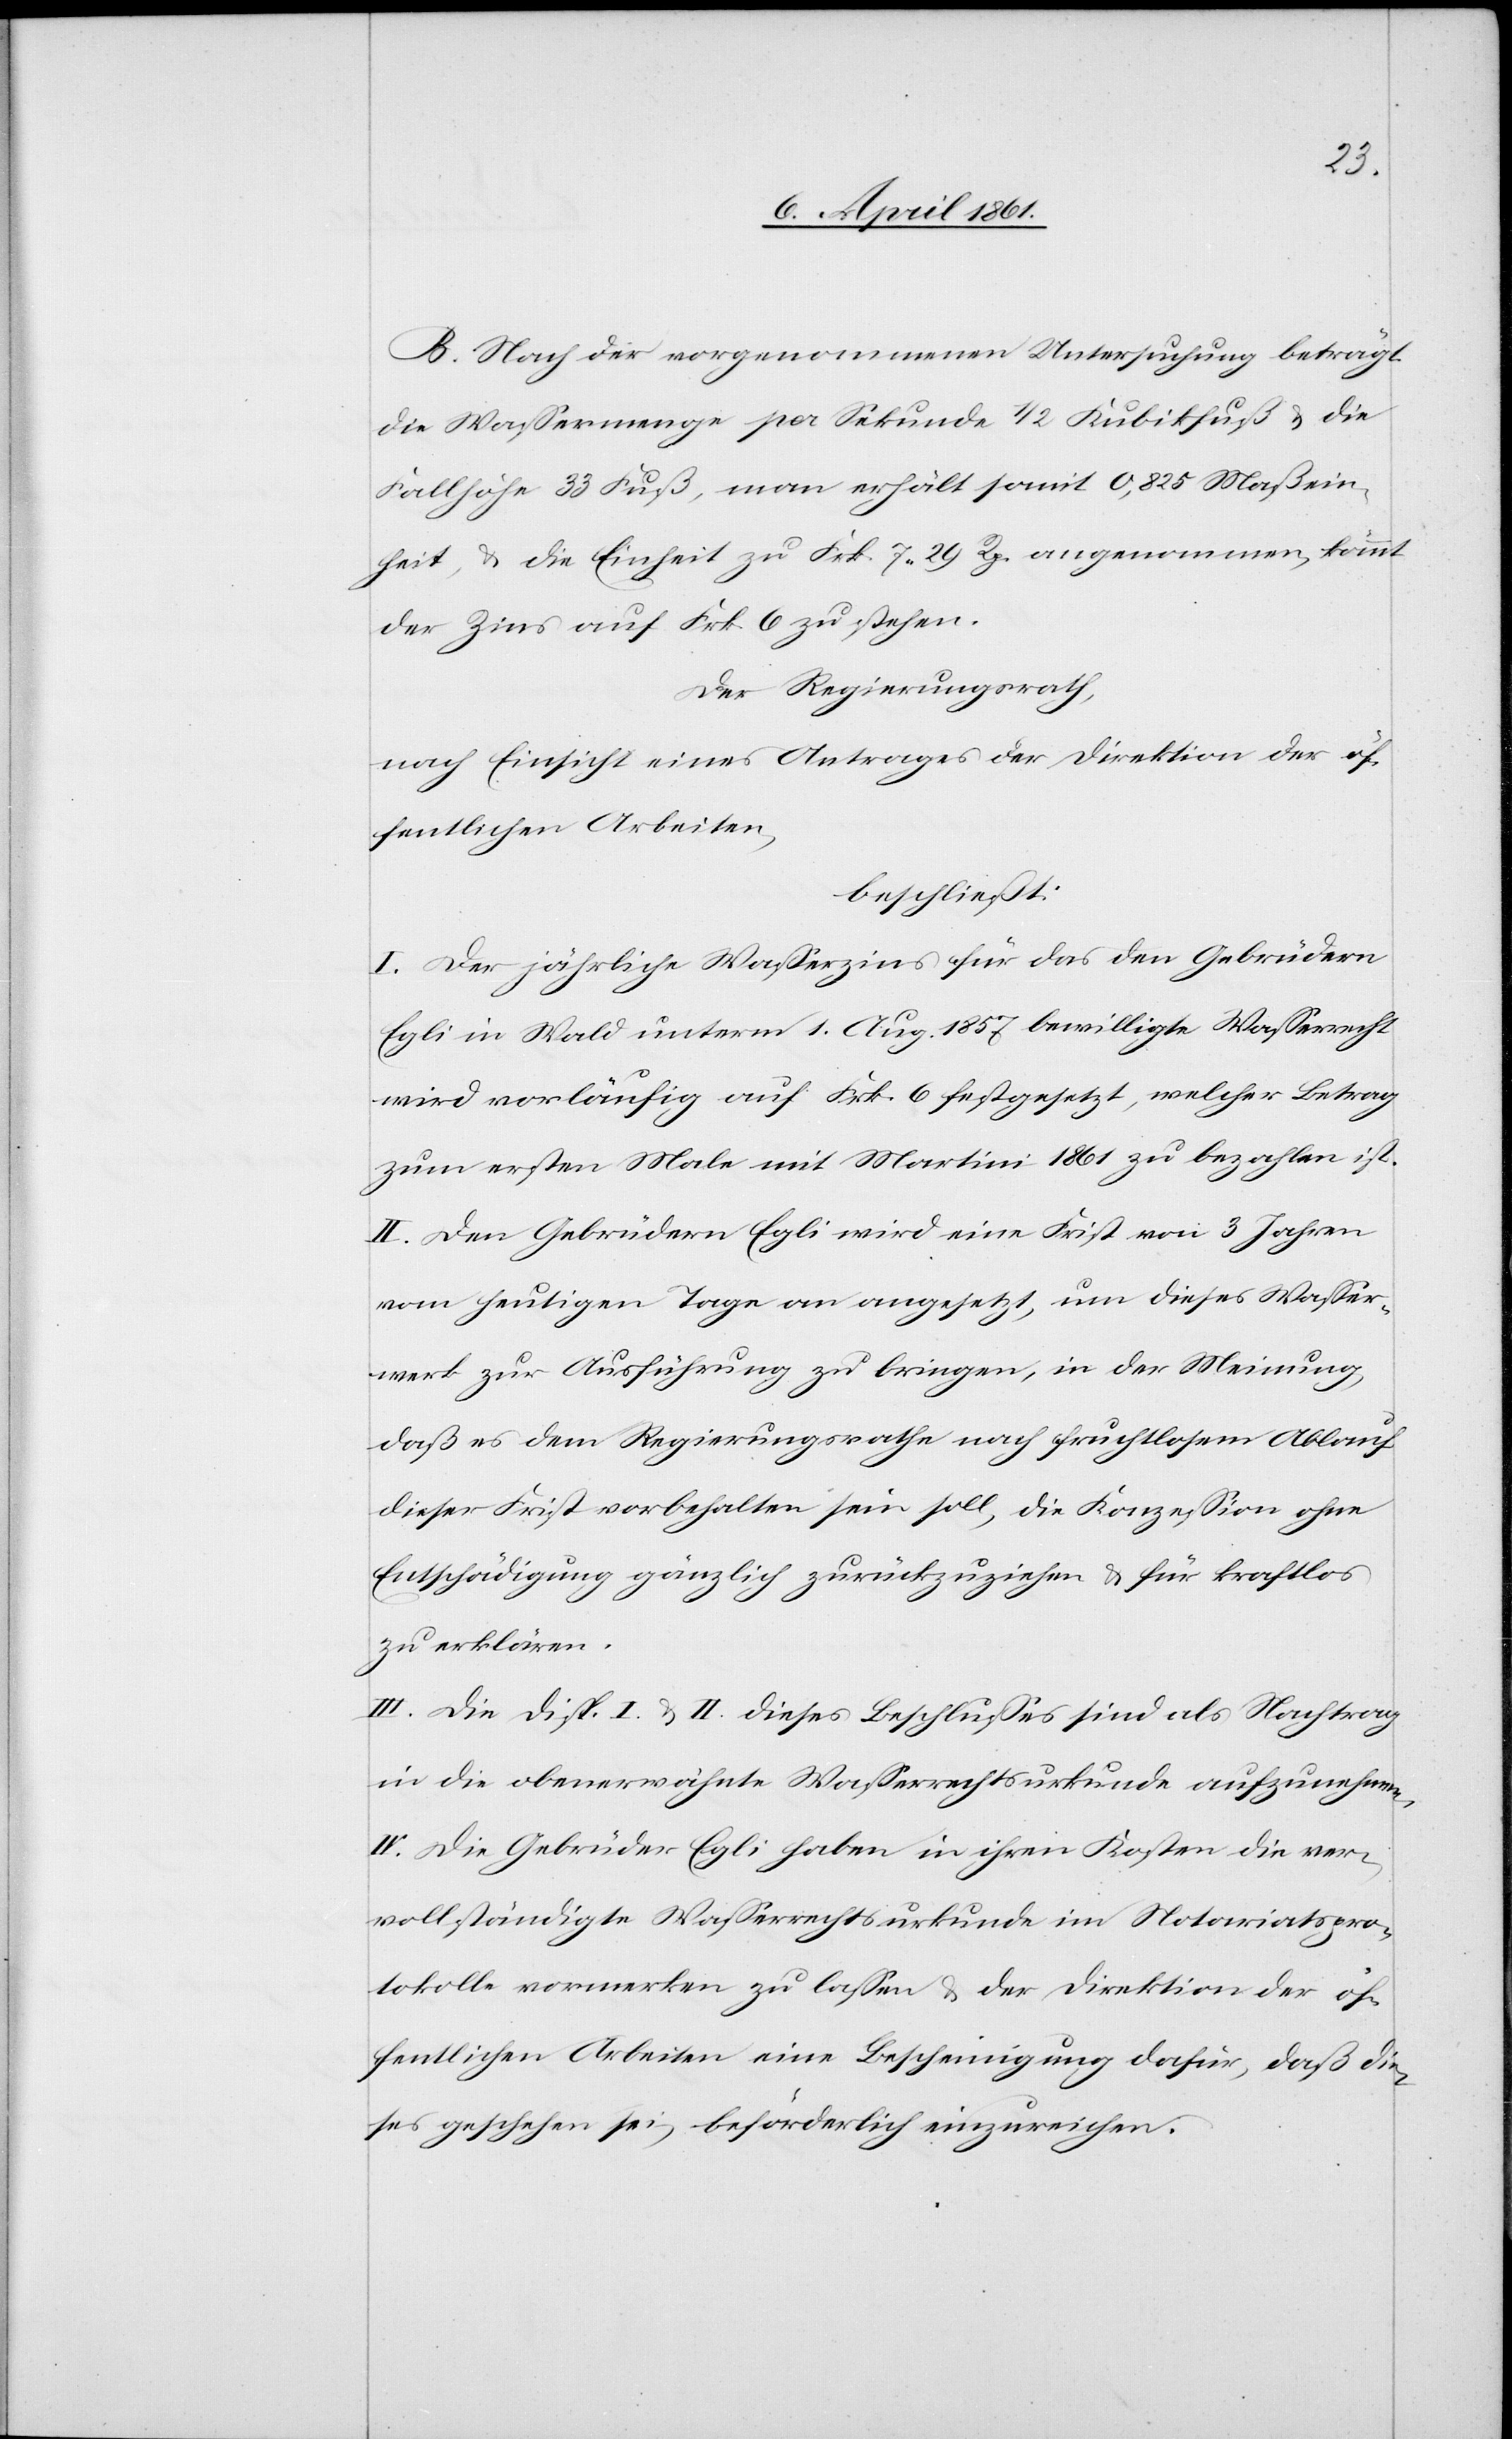
n.
B. Nach der vorgenommenen Untersuchung beträgt
die Wassermenge per Sekunde 1/2 Kubikfuß u. die
Fallhöhe 33 Fuß, man erhält somit 0,825 Maßein¬
heit u. die Einheit zu Frk. 7 29 Rp. angenommen, kömmt
der Zins auf Frk. 6 zu stehen.
Der Regierungsrath,
nach Einsicht eines Antrages der Direktion der öf¬
fentlichen Arbeiten,
beschließt:
I. Der jährliche Wasserzins für das den Gebrüdern
Egli in Wald unterm 1. Aug. 1857 bewilligte Wasserrecht
wird vorläufig auf Frk. 6 festgesetzt, welcher Betrag
zum ersten Male mit Martini 1861 zu bezahlen ist.
II. Den Gebrüdern Egli wird eine Frist von 3 Jahren
vom heutigen Tage an angesetzt, um dieses Wasser¬
werk zur Ausführung zu bringen, in der Meinung,
daß es dem Regierungsrathe nach fruchtlosem Ablauf
dieser Frist vorbehalten sein soll, die Konzession ohne
Entschädigung gänzlich zurückzuziehen u. für kraftlos
zu erklären.
III. Die Disp. I. u. II. dieses Beschlusses sind als Nachtrag
in die obenerwähnte Wasserrechtsurkunde aufzunehme¬
IV. Die Gebrüder Egli haben in ihren Kosten die ver¬
vollständigte Wasserrechtsurkunde im Notariatspro¬
tokolle vormerken zu lassen u. der Direktion der öf¬
fentlichen Arbeiten eine Bescheinigung dafür, daß die¬
ses geschehen sei, beförderlich einzureichen.